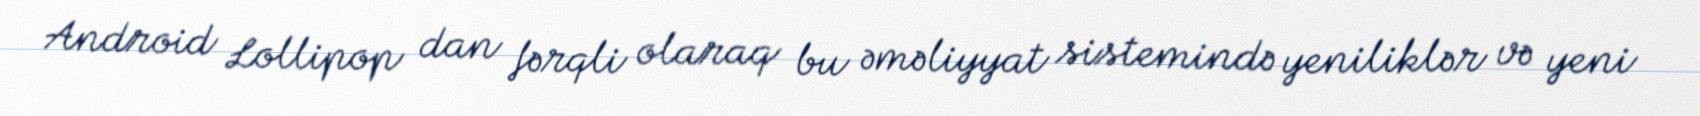
Android Lollipop dan fərqli olaraq bu əməliyyat sistemində yeniliklər və yeni